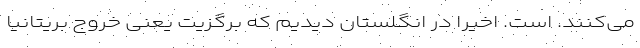
می‌کنند. است. اخیراً در انگلستان دیدیم که برگزیت یعنی خروج بریتانیا